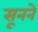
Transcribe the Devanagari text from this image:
सूनने